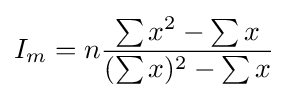
I_{m}=n{\frac {\sum x^{2}-\sum x}{(\sum x)^{2}-\sum x}}